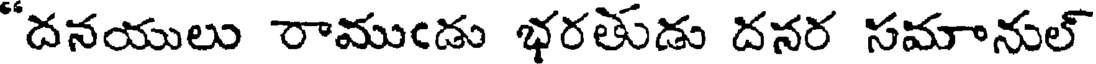
"దనయులు రాముండు భరతుడు దనర సమానుల్